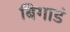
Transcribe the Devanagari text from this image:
बिगाडं